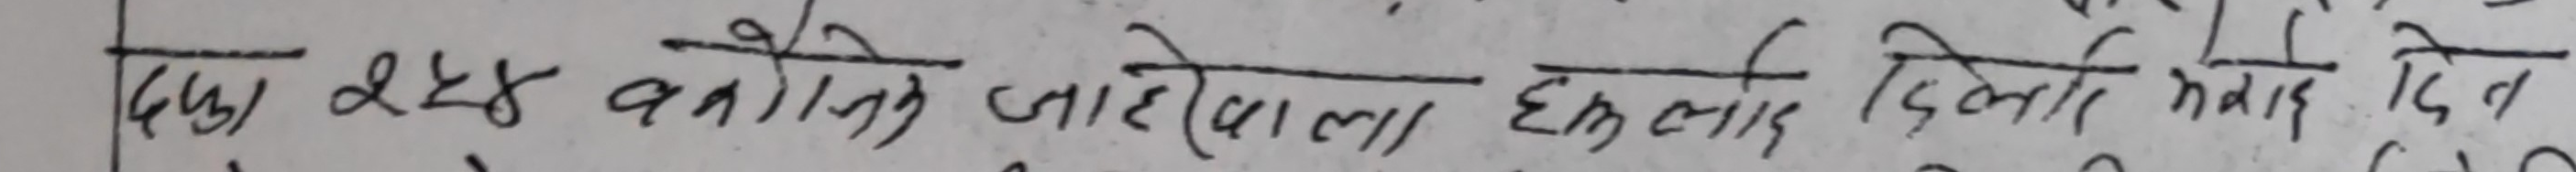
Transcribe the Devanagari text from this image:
दिन २४ कार्तिक जाहेरीवाला इमला दिल्ली महेरी दिन